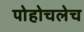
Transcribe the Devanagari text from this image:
पोहोचलेच